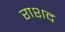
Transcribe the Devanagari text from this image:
राशद